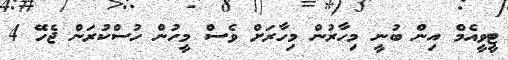
ޓީވީއެމް އިން ބުނީ މިހާރުން މިހާރަށް ވެސް މީހުން ހުސްކުރަން ޖެހޭ 4